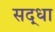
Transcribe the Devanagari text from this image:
सद्धा